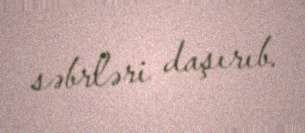
səbrləri daşırıb.